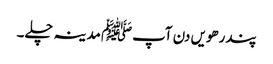
پندرھویں دن آپﷺ مدینہ چلے۔